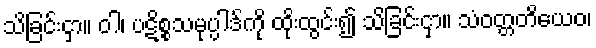
သိခြင်းငှာ။ ဝါ၊ ပဋိစ္စသမုပ္ပါဒ်ကို ထိုးထွင်း၍ သိခြင်းငှာ။ သံဝတ္တတိယေဝ၊